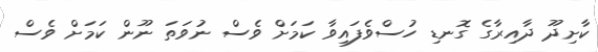
ކާށިދޫ ދާއިރާގެ ގޮނޑި ހުސްވެފައިވާ ކަމަށް ވެސް ނުވަތަ ނޫން ކަމަށް ވެސް